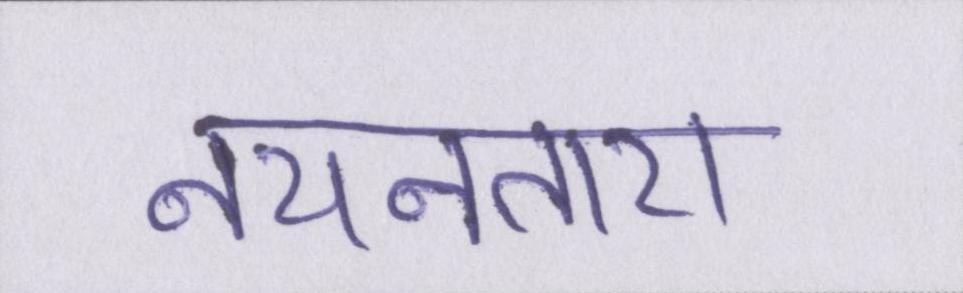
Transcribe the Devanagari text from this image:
नयनतारा